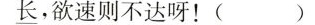
\underline{长}，欲速则不达呀！( )